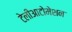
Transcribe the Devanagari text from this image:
टेलीआटोमेशन